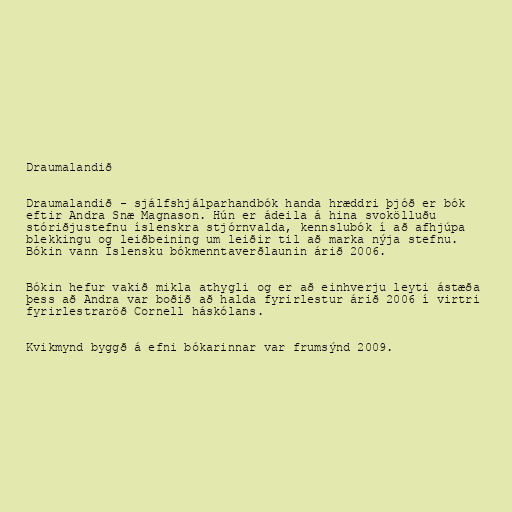
Draumalandið

Draumalandið - sjálfshjálparhandbók handa hræddri þjóð er bók
eftir Andra Snæ Magnason. Hún er ádeila á hina svokölluðu
stóriðjustefnu íslenskra stjórnvalda, kennslubók í að afhjúpa
blekkingu og leiðbeining um leiðir til að marka nýja stefnu.
Bókin vann Íslensku bókmenntaverðlaunin árið 2006.

Bókin hefur vakið mikla athygli og er að einhverju leyti ástæða
þess að Andra var boðið að halda fyrirlestur árið 2006 í virtri
fyrirlestraröð Cornell háskólans.

Kvikmynd byggð á efni bókarinnar var frumsýnd 2009.